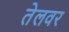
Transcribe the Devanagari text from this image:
तेलवर